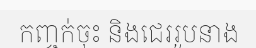
កញ្ចក់ចុះ និងជេររូបនាង